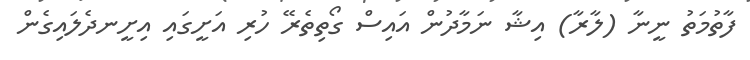
ފާތުމަތު ނީނާ (ލާރާ) އިޝާ ނަމާދުން އައިސް ގޯތިތެރޭ ހުރި އަށީގައި އިށީނދެލައިގެން